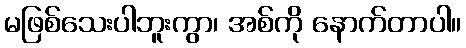
မဖြစ်သေးပါဘူးကွာ၊ အစ်ကို နောက်တာပါ။